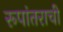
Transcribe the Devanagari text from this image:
रूपांतराची